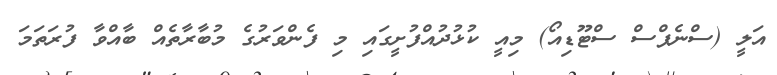
އަލީ (ސްނެޕްސް ސްޓޫޑިއޯ) މިއީ ކުޅުދުއްފުށީގައި މި ފެންވަރުގެ މުބާރާތެއް ބާއްވާ ފުރަތަމަ